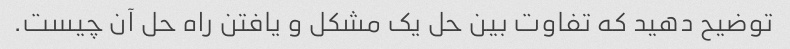
توضیح دهید که تفاوت بین حل یک مشکل و یافتن راه حل آن چیست.